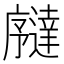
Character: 𫸉